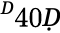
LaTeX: ^Ḋ40Ḍ